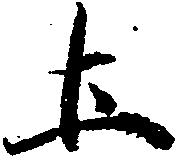
土